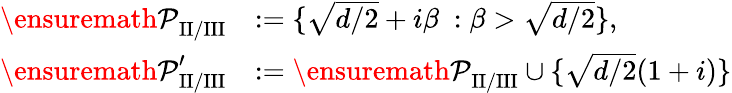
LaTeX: \begin{array}{rl}{{\ensuremath{\mathcal P}}_{\mathrm{II/III}}}&{:=\{ \sqrt{d/2}+i\beta\ :\beta>\sqrt{d/2}\} ,}\\ {{\ensuremath{\mathcal P}}_{\mathrm{II/III}}^{\prime}}&{:={\ensuremath{\mathcal P}}_{\mathrm{II/III}}\cup\{ \sqrt{d/2}(1+i)\} }\end{array}